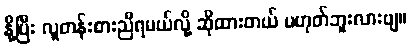
နို့ပြီး လူတန်းစားညီရမယ်လို့ ဆိုထားတယ် မဟုတ်ဘူးလားဗျ။